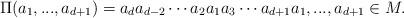
LaTeX: \begin{align*}\Pi(a_1,...,a_{d+1}) = a_d a_{d-2}\cdots a_2 a_1 a_3 \cdots a_{d+1}a_1,...,a_{d+1}\in M.\end{align*}